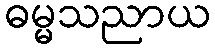
ဓမ္မသညာယ